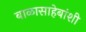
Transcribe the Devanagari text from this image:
बाळासाहेबांशी